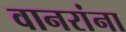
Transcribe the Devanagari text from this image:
वानरांना